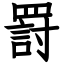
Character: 罸